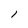
Character: l